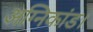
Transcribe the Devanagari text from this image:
अग्निकांड।